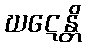
ဃဋေန္တိ